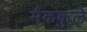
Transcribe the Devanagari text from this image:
मैककुले